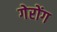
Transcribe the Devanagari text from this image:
गेरोंग